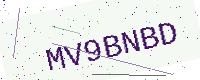
Text: MV9BNBD